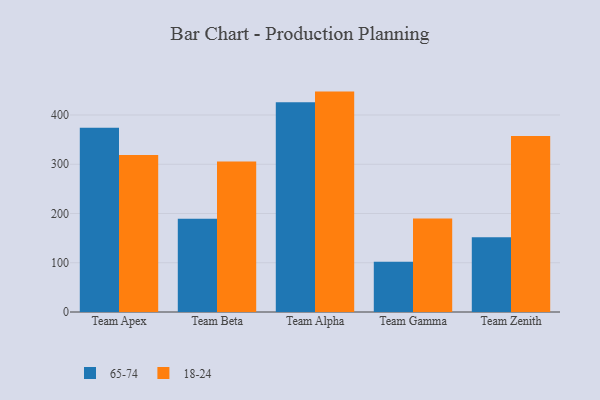
{"axis": {"x": "Team", "y": "Revenue (USD Million)"}, "legend": ["18-24", "65-74"], "data": [{"x": "Team Apex", "y": 374.0, "type": "65-74"}, {"x": "Team Apex", "y": 318.8, "type": "18-24"}, {"x": "Team Beta", "y": 189.3, "type": "65-74"}, {"x": "Team Beta", "y": 305.6, "type": "18-24"}, {"x": "Team Alpha", "y": 425.7, "type": "65-74"}, {"x": "Team Alpha", "y": 447.5, "type": "18-24"}, {"x": "Team Gamma", "y": 102.2, "type": "65-74"}, {"x": "Team Gamma", "y": 189.7, "type": "18-24"}, {"x": "Team Zenith", "y": 151.7, "type": "65-74"}, {"x": "Team Zenith", "y": 357.4, "type": "18-24"}]}